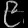
Digit: ၉